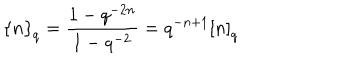
\left\{ n \right\} _ { q } = \frac { 1 - q ^ { - 2 n } } { 1 - q ^ { - 2 } } = q ^ { - n + 1 } \left[ n \right] _ { q }